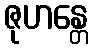
ဇုဟန္တေ